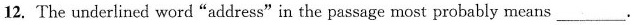
12. The underlined word "address"in the passage most probably means___.